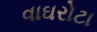
વાઘરોટા